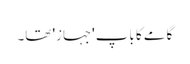
گامے کا باپ 'جہاز' تھا۔